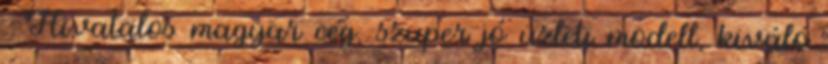
. Hivatalos magyar cég, szuper jó üzleti modell, kiváló